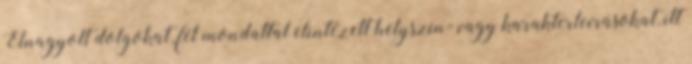
Elnagyolt dolgokat, fél mondattal elintézett helyszín- vagy karakterleírásokat, itt